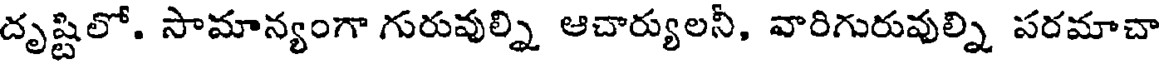
దృష్టిలో. సామాన్యంగా గురువుల్ని ఆచార్యులనీ, వారిగురువుల్ని సరమాచా